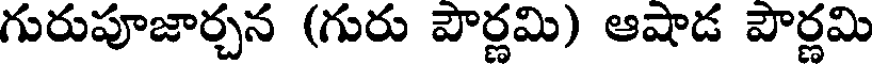
గురుపూజార్చన (గురు పౌర్ణమి) ఆషాడ పౌర్ణమి